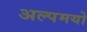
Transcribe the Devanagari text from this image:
अल्पमयो